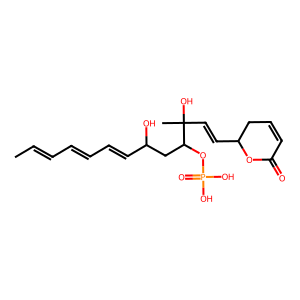
SMILES: CC=CC=CC=CC(O)CC(OP(=O)(O)O)C(C)(O)C=CC1CC=CC(=O)O1
Inhibits HIV replication: No